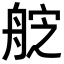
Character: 𮎑